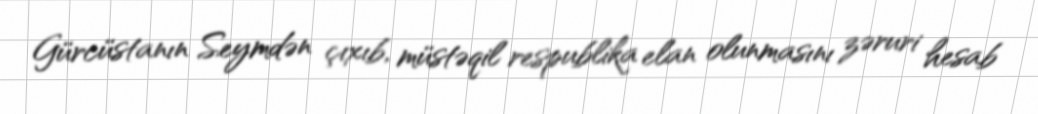
Gürcüstanın Seymdən çıxıb, müstəqil respublika elan olunmasını zəruri hesab